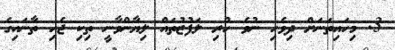
3. މިހައިތަނަށް ދިވެހި ނުވެ ހުރި ލަފުޒުތައް ލިޔާންވާނީ ތިކި ޖެހި ތާނައިގެ